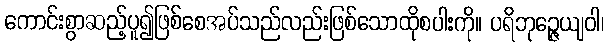
ကောင်းစွာဆည့်ပူ၍ဖြစ်စေအပ်သည်လည်းဖြစ်သောထိုစပါးကို။ ပရိဘုဉ္ဇေယျဝါ၊